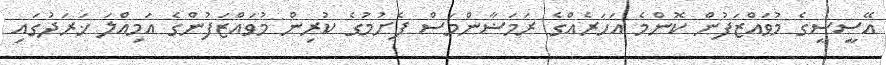
އޭސީސީގެ މުވައްޒަފުން ކޮންމެ އަހަރެއްގެ ރަމަޟާންމަސް ފެށުމުގެ ކުރިން މުވައްޒަފުންގެ އަމިއްލަ ޚަރަދުގައި